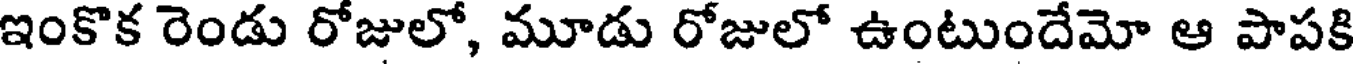
ఇంకొక రెండు రోజులో, మూడు రోజులో ఉంటుందేమో ఆ పాపకి